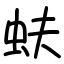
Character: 蚨